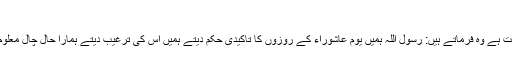
(البخاری ومسلم)
سیدنا جابر بن سمرہ سے روایت ہے وہ فرماتے ہیں: رسول اللہؐ ہمیں یوم عاشوراء کے روزوں کا تاکیدی حکم دیتے ہمیں اس کی ترغیب دیتے ہمارا حال چال معلوم کرتے اور نصیحت فرماتے۔